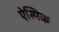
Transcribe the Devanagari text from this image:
ऐस्पिक